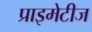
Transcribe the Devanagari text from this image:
प्राइमेटीज